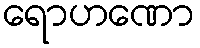
ရောဟဏော